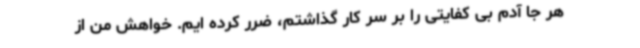
هر جا آدم بی کفایتی را بر سر کار گذاشتم، ضرر کرده ایم. خواهش من از